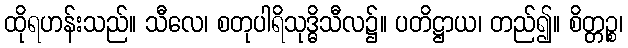
ထိုရဟန်းသည်။ သီလေ၊ စတုပါရိသုဒ္ဓိသီလ၌။ ပတိဋ္ဌာယ၊ တည်၍။ စိတ္တဉ္စ၊